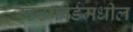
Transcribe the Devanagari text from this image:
स्टॅटफोर्डमधील